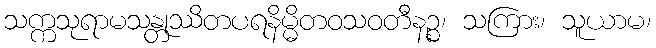
သက္ကသုရာမသန္တုဿိတပရနိမ္မိတဝသဝတီနဉ္စ၊ သကြား၊ သူယာမ၊